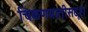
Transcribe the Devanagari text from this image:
चिकणमातीसदृश